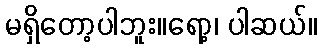
မရှိတော့ပါဘူး။ရော့၊ ပါဆယ်။